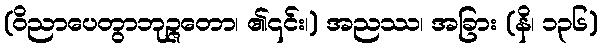
(ဝိညာပေတွာဘုဉ္ဇတော၊ ၏၎င်း၊) အညဿ၊ အခြား (နိ၊ ၁၃၆)